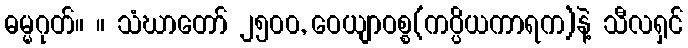
ဓမ္မဂုတ်။ ။ သံဃာတော် ၂၅၀၀, ဝေယျာဝစ္စ(ကပ္ပိယကာရက)နဲ့ သီလရှင်